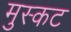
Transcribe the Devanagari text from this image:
मुस्कट